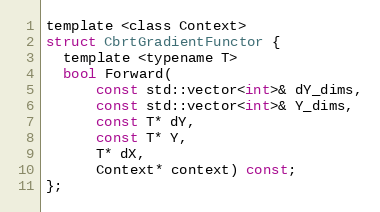
Language: C
template <class Context>
struct CbrtGradientFunctor {
  template <typename T>
  bool Forward(
      const std::vector<int>& dY_dims,
      const std::vector<int>& Y_dims,
      const T* dY,
      const T* Y,
      T* dX,
      Context* context) const;
};